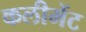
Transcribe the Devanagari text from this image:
कलीमेंट